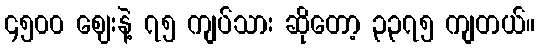
၄၅၀၀ ဈေးနဲ့ ၇၅ ကျပ်သား ဆိုတော့ ၃၃၇၅ ကျတယ်။